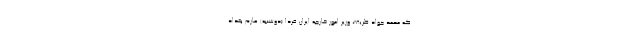
که محمد جواد ظریف، وزیر امور خارجه ایران فردا (دوشنبه) عازم بغداد